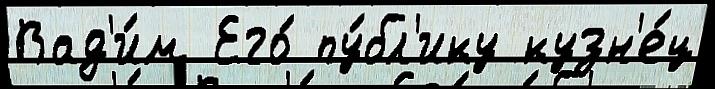
Вад'и́м Его́ пу́бл'ику кузн'е́ц